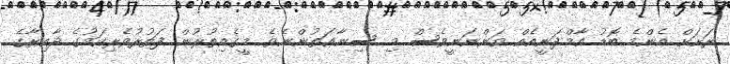
ރަށަށް އެންމެ ބޮޑު އާމްދަނީއެއް ވަންނަނީވެސް މި ސިނާޢަތުންނެވެ. މީގެއިތުރުން ފަތުރުވެރިކަމުގެ ދާއިރާގެ